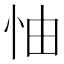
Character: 怞